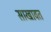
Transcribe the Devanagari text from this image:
साखावत